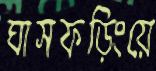
ঘাসফড়িংয়ে